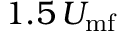
1 . 5 \, U _ { \mathrm { m f } }